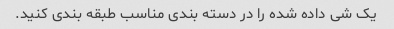
یک شی داده شده را در دسته بندی مناسب طبقه بندی کنید.